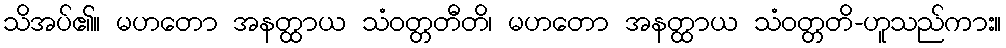
သိအပ်၏။ မဟတော အနတ္ထာယ သံဝတ္တတီတိ၊ မဟတော အနတ္ထာယ သံဝတ္တတိ-ဟူသည်ကား။